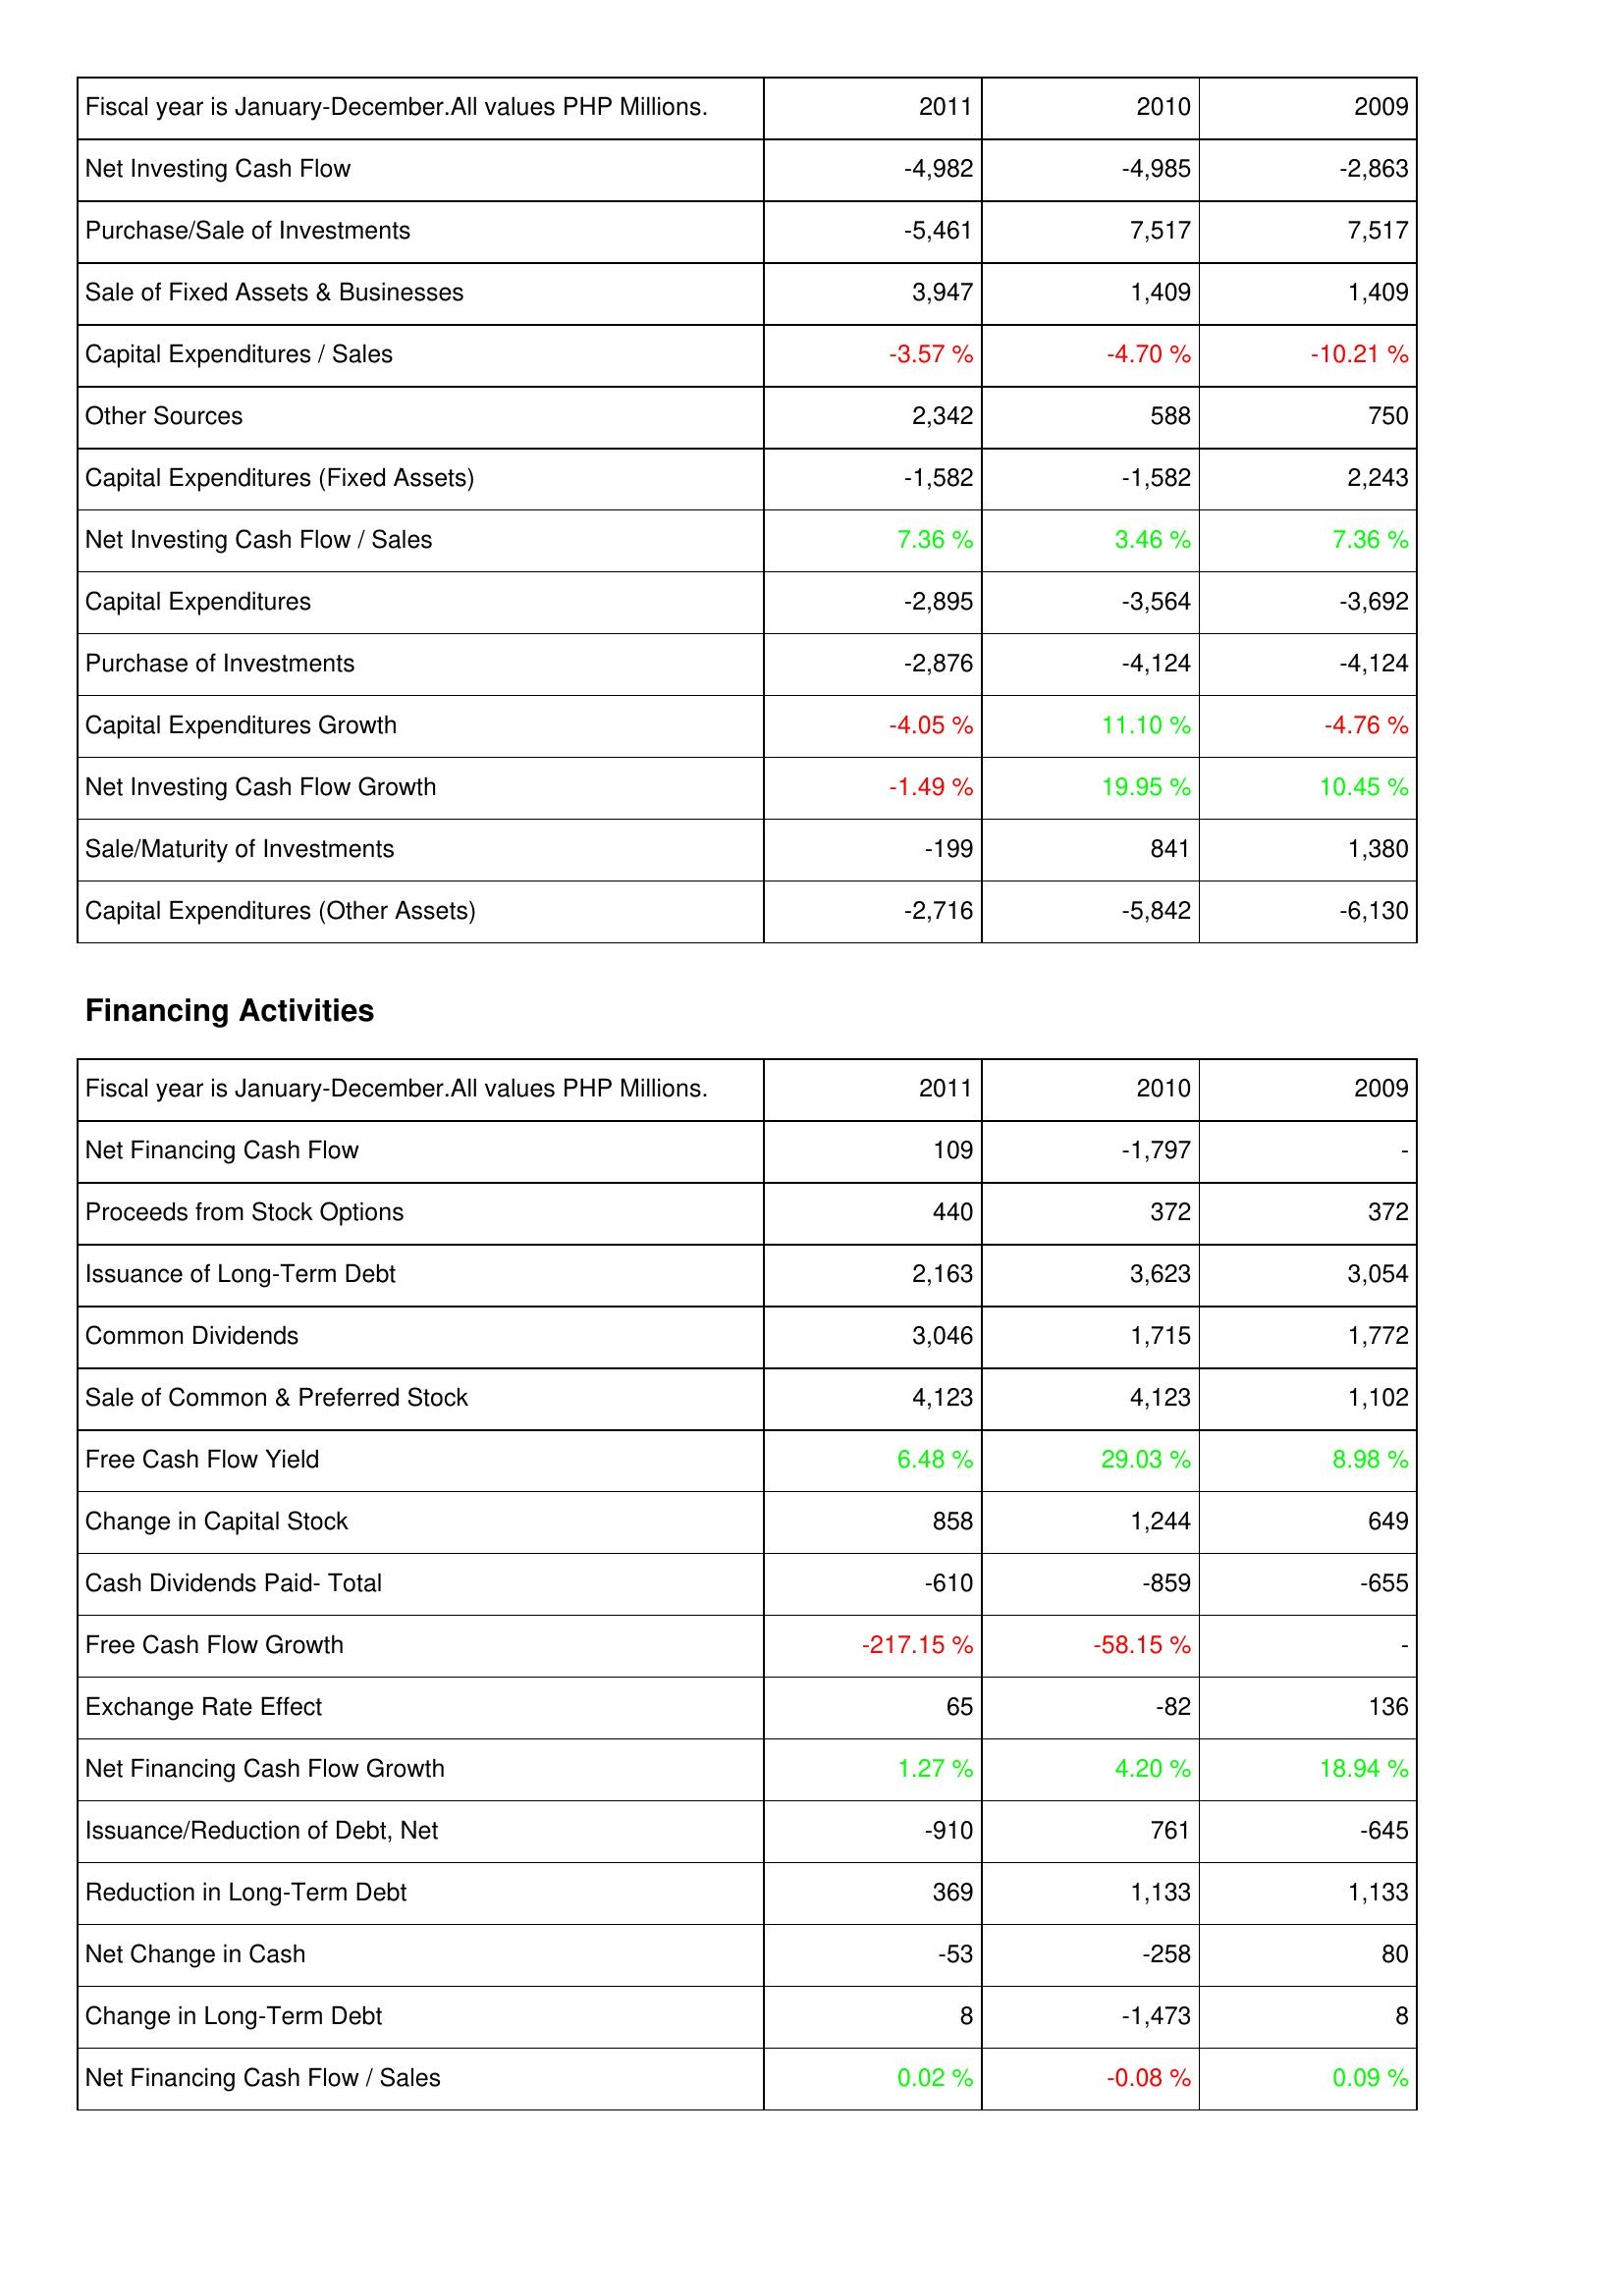
2011: Investing Activities: Net Investing Cash Flow: -4,982
Purchase/Sale of Investments: -5,461
Sale of Fixed Assets & Businesses: 3,947
Capital Expenditures / Sales: -3.57 %
Other Sources: 2,342
Capital Expenditures (Fixed Assets): -1,582
Net Investing Cash Flow / Sales: 7.36 %
Capital Expenditures: -2,895
Purchase of Investments: -2,876
Capital Expenditures Growth: -4.05 %
Net Investing Cash Flow Growth: -1.49 %
Sale/Maturity of Investments: -199
Capital Expenditures (Other Assets): -2,716
Financing Activities: Net Financing Cash Flow: 109
Proceeds from Stock Options: 440
Issuance of Long-Term Debt: 2,163
Common Dividends: 3,046
Sale of Common & Preferred Stock: 4,123
Free Cash Flow Yield: 6.48 %
Change in Capital Stock: 858
Cash Dividends Paid- Total: -610
Free Cash Flow Growth: -217.15 %
Exchange Rate Effect: 65
Net Financing Cash Flow Growth: 1.27 %
Issuance/Reduction of Debt, Net: -910
Reduction in Long-Term Debt: 369
Net Change in Cash: -53
Change in Long-Term Debt: 8
Net Financing Cash Flow / Sales: 0.02 %
2010: Investing Activities: Net Investing Cash Flow: -4,985
Purchase/Sale of Investments: 7,517
Sale of Fixed Assets & Businesses: 1,409
Capital Expenditures / Sales: -4.70 %
Other Sources: 588
Capital Expenditures (Fixed Assets): -1,582
Net Investing Cash Flow / Sales: 3.46 %
Capital Expenditures: -3,564
Purchase of Investments: -4,124
Capital Expenditures Growth: 11.10 %
Net Investing Cash Flow Growth: 19.95 %
Sale/Maturity of Investments: 841
Capital Expenditures (Other Assets): -5,842
Financing Activities: Net Financing Cash Flow: -1,797
Proceeds from Stock Options: 372
Issuance of Long-Term Debt: 3,623
Common Dividends: 1,715
Sale of Common & Preferred Stock: 4,123
Free Cash Flow Yield: 29.03 %
Change in Capital Stock: 1,244
Cash Dividends Paid- Total: -859
Free Cash Flow Growth: -58.15 %
Exchange Rate Effect: -82
Net Financing Cash Flow Growth: 4.20 %
Issuance/Reduction of Debt, Net: 761
Reduction in Long-Term Debt: 1,133
Net Change in Cash: -258
Change in Long-Term Debt: -1,473
Net Financing Cash Flow / Sales: -0.08 %
2009: Investing Activities: Net Investing Cash Flow: -2,863
Purchase/Sale of Investments: 7,517
Sale of Fixed Assets & Businesses: 1,409
Capital Expenditures / Sales: -10.21 %
Other Sources: 750
Capital Expenditures (Fixed Assets): 2,243
Net Investing Cash Flow / Sales: 7.36 %
Capital Expenditures: -3,692
Purchase of Investments: -4,124
Capital Expenditures Growth: -4.76 %
Net Investing Cash Flow Growth: 10.45 %
Sale/Maturity of Investments: 1,380
Capital Expenditures (Other Assets): -6,130
Financing Activities: Net Financing Cash Flow: -
Proceeds from Stock Options: 372
Issuance of Long-Term Debt: 3,054
Common Dividends: 1,772
Sale of Common & Preferred Stock: 1,102
Free Cash Flow Yield: 8.98 %
Change in Capital Stock: 649
Cash Dividends Paid- Total: -655
Free Cash Flow Growth: -
Exchange Rate Effect: 136
Net Financing Cash Flow Growth: 18.94 %
Issuance/Reduction of Debt, Net: -645
Reduction in Long-Term Debt: 1,133
Net Change in Cash: 80
Change in Long-Term Debt: 8
Net Financing Cash Flow / Sales: 0.09 %